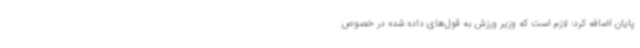
پایان اضافه کرد: لازم است که وزیر ورزش به قول‌های داده شده در خصوص